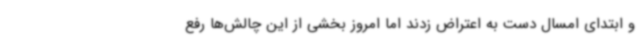
و ابتدای امسال دست به اعتراض زدند اما امروز بخشی از این چالش‌ها رفع